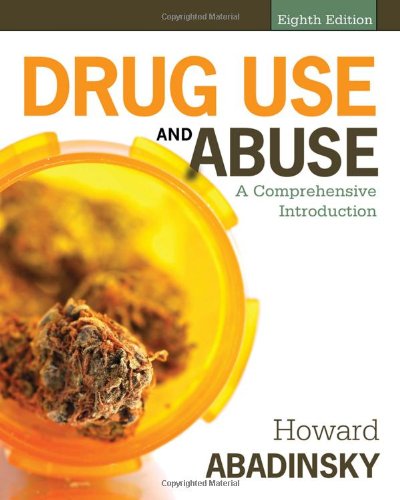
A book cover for Drug Use and Abuse: A Comprehensive Introduction; Howard Abadinsky; Law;